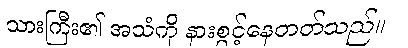
သားကြီး၏ အသံကို နားစွင့်နေတတ်သည်။